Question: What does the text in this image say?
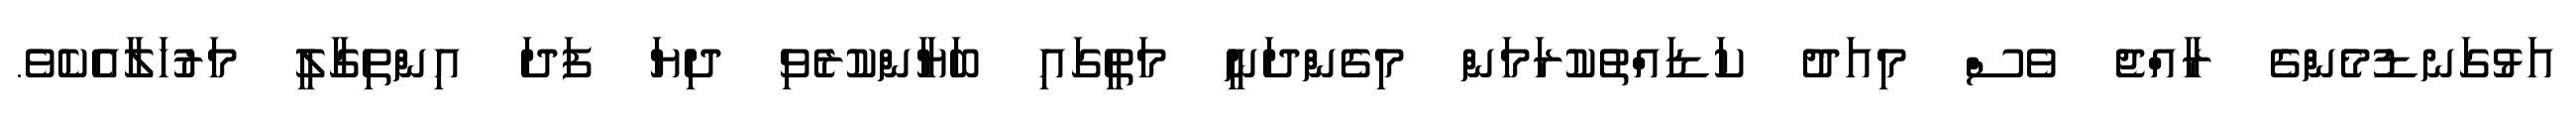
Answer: އަޅުގަނޑުމެންގެ ރާއްޖެ ވެސް މިއަދު ކަޑައްތުކުރަމަން މިގެންދަނީ މަތީގައި ބަޔާންކުރެވި ދިޔަ ފަދަ އިންތިގާލީ މަރުހަލާއެކެވެ.